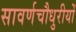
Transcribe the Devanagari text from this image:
सावर्णचौधुरीयों